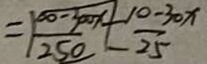
= \frac { 1 0 0 - 3 0 0 x } { 2 5 0 } + \frac { 1 0 - 3 0 x } { 2 5 }